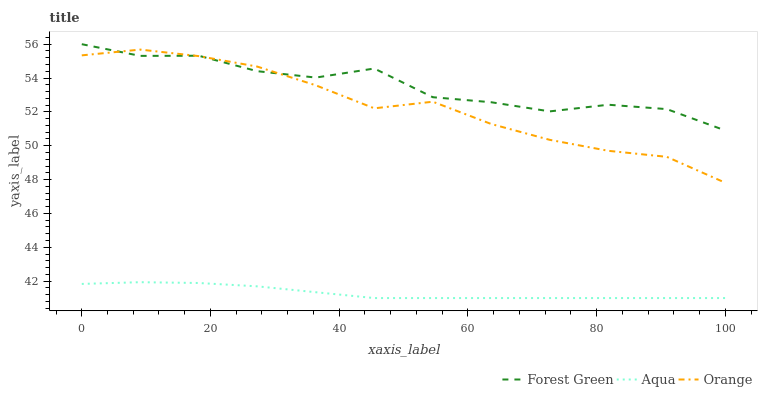
| xaxis_label | Forest Green | Aqua | Orange |
 | --- | --- | --- | --- |
 | 0 | 56 | 41.8 | 55.3 |
 | 9.09 | 55.3 | 41.9 | 55.7 |
 | 18.2 | 55.3 | 41.9 | 55.3 |
 | 27.3 | 54.4 | 41.7 | 54.7 |
 | 36.4 | 54 | 41.3 | 53.6 |
 | 45.5 | 54.6 | 41 | 52.2 |
 | 54.5 | 52.9 | 41 | 52.6 |
 | 63.6 | 52.6 | 41 | 51.3 |
 | 72.7 | 52 | 41 | 50.3 |
 | 81.8 | 52.4 | 41 | 49.7 |
 | 90.9 | 52.2 | 41 | 49.3 |
 | 100 | 50.9 | 41 | 47.8 |